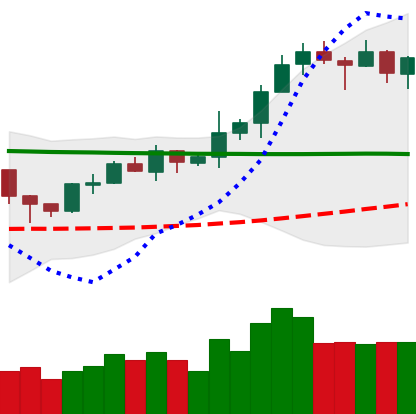
Ticker: XRP-USD
Chart end date: 2020-02-11
Forward return: 5.316%
Label: up_5_7